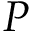
P